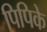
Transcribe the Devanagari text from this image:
पिपिके